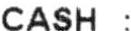
CASH :